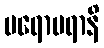
ပရောပရာနိ